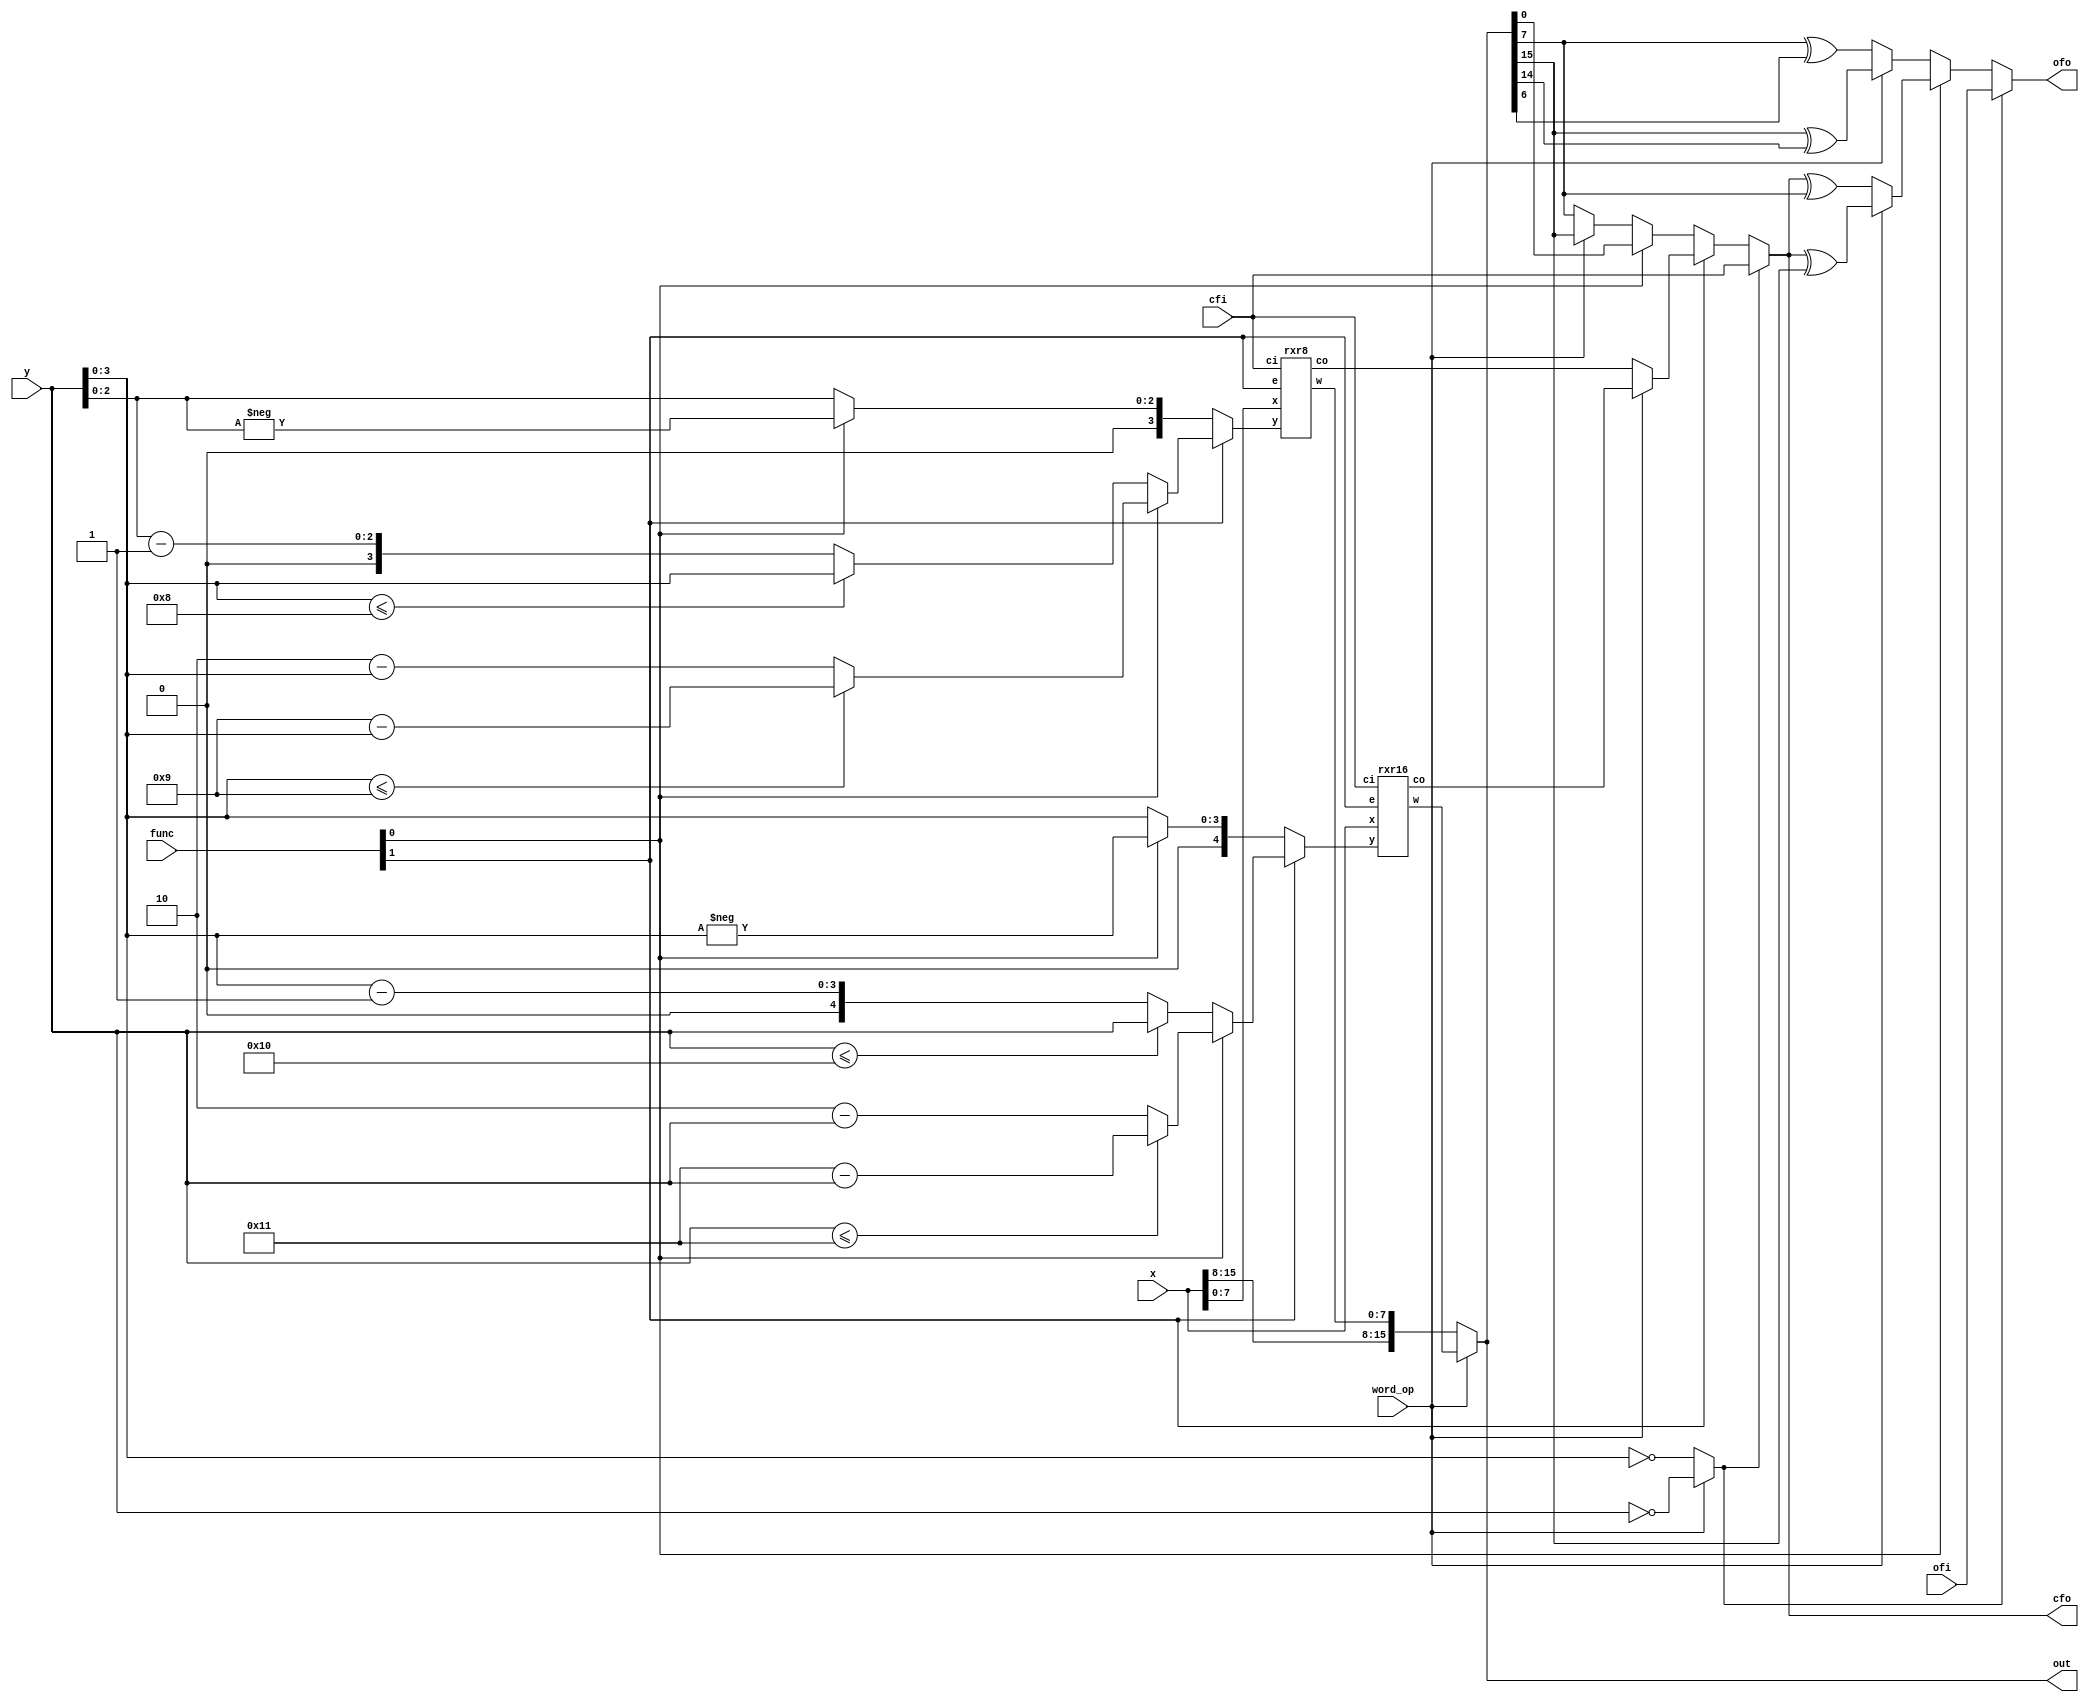
/*
 *  Copyright (c) 2008  Zeus Gomez Marmolejo <zeus@opencores.org>
 *
 *  This file is part of the Zet processor. This processor is free
 *  hardware; you can redistribute it and/or modify it under the terms of
 *  the GNU General Public License as published by the Free Software
 *  Foundation; either version 3, or (at your option) any later version.
 *
 *  Zet is distrubuted in the hope that it will be useful, but WITHOUT
 *  ANY WARRANTY; without even the implied warranty of MERCHANTABILITY
 *  or FITNESS FOR A PARTICULAR PURPOSE. See the GNU General Public
 *  License for more details.
 *
 *  You should have received a copy of the GNU General Public License
 *  along with Zet; see the file COPYING. If not, see
 *  <http://www.gnu.org/licenses/>.
 */

`timescale 1ns/10ps

module rotate (
    input  [15:0] x,
    input  [ 4:0] y,
    input  [ 1:0] func,  // 00: ror, 01: rol, 10: rcr, 11: rcl
    input         cfi,
    input         word_op,
    output [15:0] out,
    output        cfo,
    input         ofi,
    output        ofo
  );

  // Net declarations
  wire [4:0] ror16, rol16, rcr16, rcl16, rot16;
  wire [3:0] ror8, rol8, rcr8, rcl8, rot8;
  wire [7:0] out8;
  wire [15:0] out16;
  wire co8, co16;
  wire unchanged;

  // Module instantiation
  rxr8 rxr8_0 (
    .x  (x[7:0]),
    .ci (cfi),
    .y  (rot8),
    .e  (func[1]),
    .w  (out8),
    .co (co8)
  );

  rxr16 rxr16_0 (
    .x  (x),
    .ci (cfi),
    .y  (rot16),
    .e  (func[1]),
    .w  (out16),
    .co (co16)
  );

  // Continuous assignments
  assign unchanged = word_op ? (y==5'b0) : (y[3:0]==4'b0);
  assign ror16 = { 1'b0, y[3:0] };
  assign rol16 = { 1'b0, -y[3:0] };
  assign ror8  = { 1'b0, y[2:0] };
  assign rol8  = { 1'b0, -y[2:0] };

  assign rcr16 = (y <= 5'd16) ? y : { 1'b0, y[3:0] - 4'b1 };
  assign rcl16 = (y <= 5'd17) ? 5'd17 - y : 6'd34 - y;
  assign rcr8  = y[3:0] <= 4'd8 ? y[3:0] : { 1'b0, y[2:0] - 3'b1 };
  assign rcl8  = y[3:0] <= 4'd9 ? 4'd9 - y[3:0] : 5'd18 - y[3:0];

  assign rot8 = func[1] ? (func[0] ? rcl8 : rcr8 )
                        : (func[0] ? rol8 : ror8 );
  assign rot16 = func[1] ? (func[0] ? rcl16 : rcr16 )
                         : (func[0] ? rol16 : ror16 );

  assign out = word_op ? out16 : { x[15:8], out8 };
  assign cfo = unchanged ? cfi : (func[1] ? (word_op ? co16 : co8)
                                          : (func[0] ? out[0]
                                            : (word_op ? out[15] : out[7])));
  // Overflow
  assign ofo = unchanged ? ofi : (func[0] ? // left
                         (word_op ? cfo^out[15] : cfo^out[7])
                       : // right
                         (word_op ? out[15]^out[14] : out[7]^out[6]));
endmodule

module rxr16 (
    input      [15:0] x,
    input             ci,
    input      [ 4:0] y,
    input             e,
    output reg [15:0] w,
    output reg        co
  );

  always @(x or ci or y or e)
    case (y)
      default: {co,w} <= {ci,x};
      5'd01: {co,w} <= e ? {x[0], ci, x[15:1]} : {ci, x[0], x[15:1]};
      5'd02: {co,w} <= e ? {x[ 1:0], ci, x[15: 2]} : {ci, x[ 1:0], x[15: 2]};
      5'd03: {co,w} <= e ? {x[ 2:0], ci, x[15: 3]} : {ci, x[ 2:0], x[15: 3]};
      5'd04: {co,w} <= e ? {x[ 3:0], ci, x[15: 4]} : {ci, x[ 3:0], x[15: 4]};
      5'd05: {co,w} <= e ? {x[ 4:0], ci, x[15: 5]} : {ci, x[ 4:0], x[15: 5]};
      5'd06: {co,w} <= e ? {x[ 5:0], ci, x[15: 6]} : {ci, x[ 5:0], x[15: 6]};
      5'd07: {co,w} <= e ? {x[ 6:0], ci, x[15: 7]} : {ci, x[ 6:0], x[15: 7]};
      5'd08: {co,w} <= e ? {x[ 7:0], ci, x[15: 8]} : {ci, x[ 7:0], x[15: 8]};
      5'd09: {co,w} <= e ? {x[ 8:0], ci, x[15: 9]} : {ci, x[ 8:0], x[15: 9]};
      5'd10: {co,w} <= e ? {x[ 9:0], ci, x[15:10]} : {ci, x[ 9:0], x[15:10]};
      5'd11: {co,w} <= e ? {x[10:0], ci, x[15:11]} : {ci, x[10:0], x[15:11]};
      5'd12: {co,w} <= e ? {x[11:0], ci, x[15:12]} : {ci, x[11:0], x[15:12]};
      5'd13: {co,w} <= e ? {x[12:0], ci, x[15:13]} : {ci, x[12:0], x[15:13]};
      5'd14: {co,w} <= e ? {x[13:0], ci, x[15:14]} : {ci, x[13:0], x[15:14]};
      5'd15: {co,w} <= e ? {x[14:0], ci, x[15]} : {ci, x[14:0], x[15]};
      5'd16: {co,w} <= {x,ci};
    endcase
endmodule

module rxr8 (
    input      [7:0] x,
    input            ci,
    input      [3:0] y,
    input            e,
    output reg [7:0] w,
    output reg       co
  );

  always @(x or ci or y or e)
    case (y)
      default: {co,w} <= {ci,x};
      5'd01: {co,w} <= e ? {x[0], ci, x[7:1]} : {ci, x[0], x[7:1]};
      5'd02: {co,w} <= e ? {x[1:0], ci, x[7:2]} : {ci, x[1:0], x[7:2]};
      5'd03: {co,w} <= e ? {x[2:0], ci, x[7:3]} : {ci, x[2:0], x[7:3]};
      5'd04: {co,w} <= e ? {x[3:0], ci, x[7:4]} : {ci, x[3:0], x[7:4]};
      5'd05: {co,w} <= e ? {x[4:0], ci, x[7:5]} : {ci, x[4:0], x[7:5]};
      5'd06: {co,w} <= e ? {x[5:0], ci, x[7:6]} : {ci, x[5:0], x[7:6]};
      5'd07: {co,w} <= e ? {x[6:0], ci, x[7]} : {ci, x[6:0], x[7]};
      5'd08: {co,w} <= {x,ci};
    endcase
endmodule